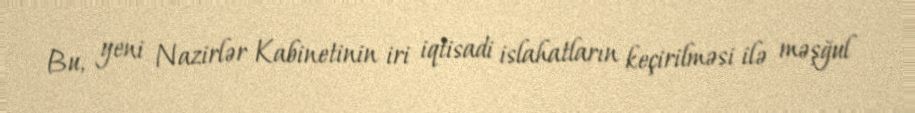
Bu, yeni Nazirlər Kabinetinin iri iqtisadi islahatların keçirilməsi ilə məşğul